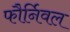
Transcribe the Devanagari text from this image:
फौर्निवल